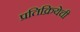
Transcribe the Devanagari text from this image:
प्रतिक्रियेची